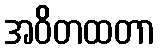
အဝိတထတာ